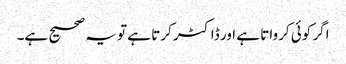
اگر کوئی کرواتا ہے اور ڈاکٹر کرتا ہے تو یہ صحیح ہے۔